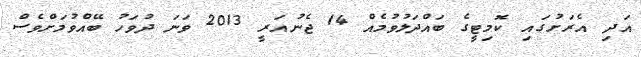
އަދި އެރަށުގައި ކޮމިޓީގެ ބައްދަލުވުމެއް 14 ޖެނުއަރީ 2013 ވަނަ ދުވަހު ބޭއްވުމަށްވެސް